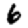
Digit: 6